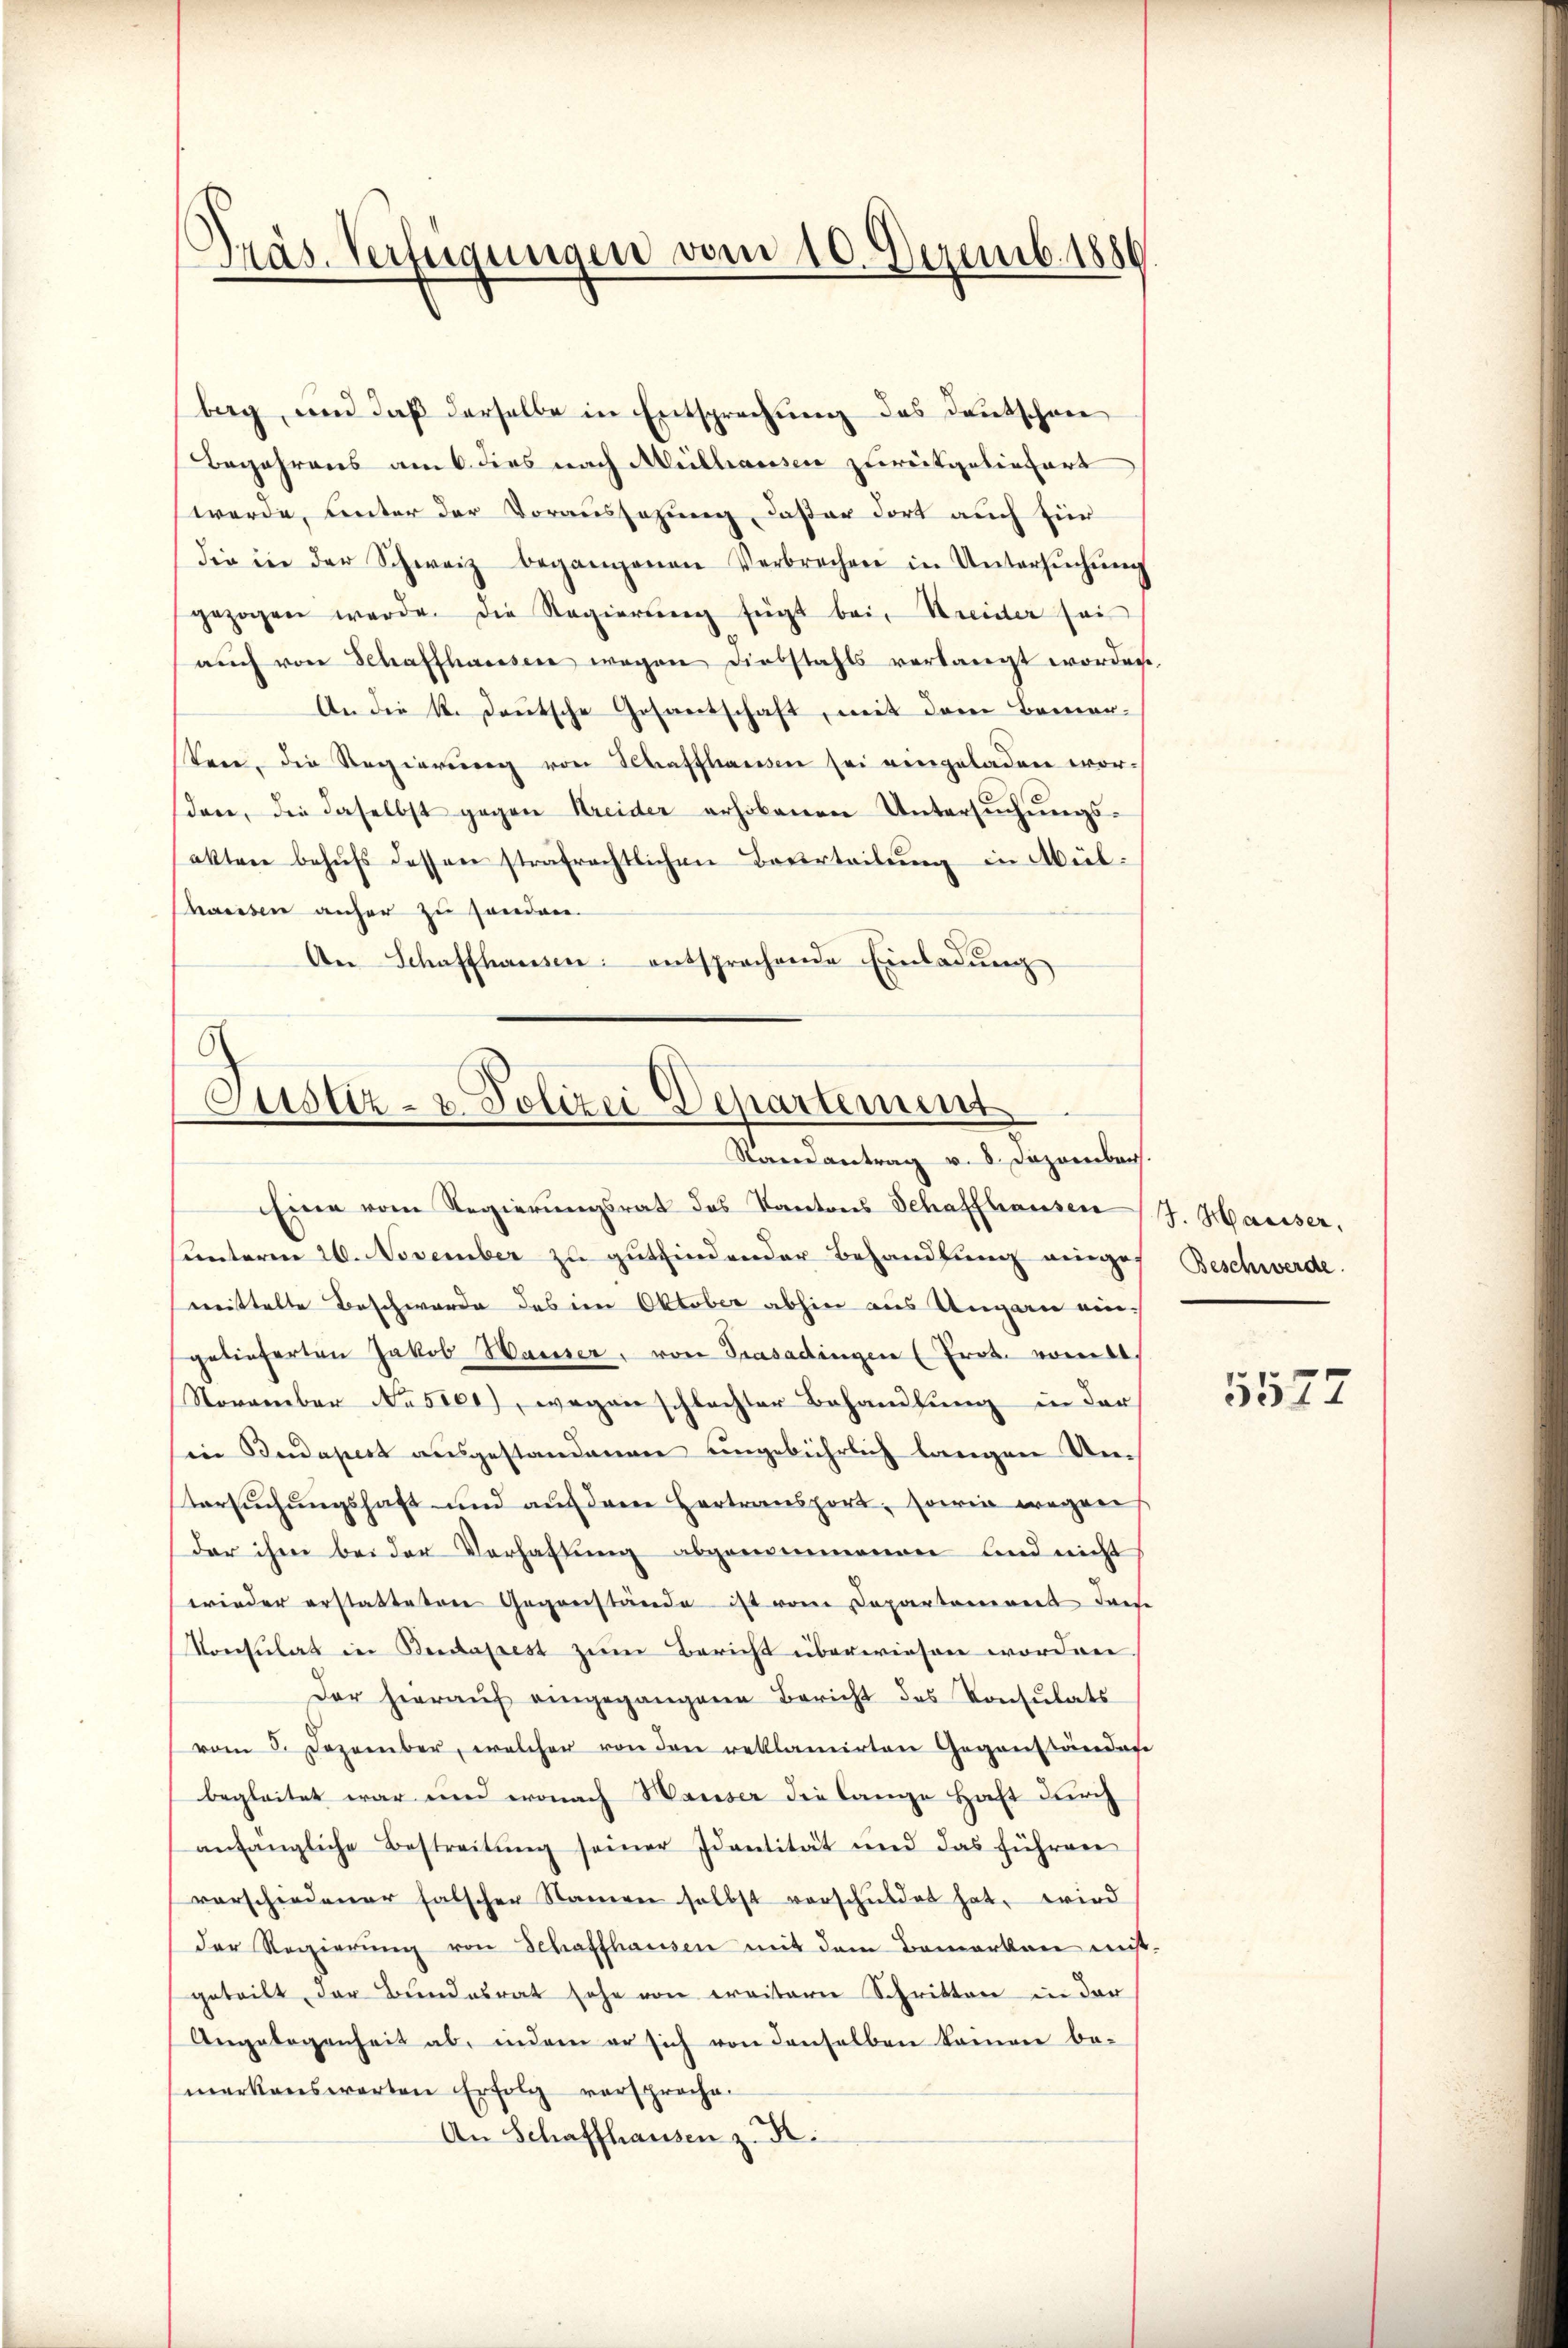
Präs. Verfügungen vom 10. Dezemb. 1886

berg, und daß derselbe in Entsprechung des Deutschene
Begehrens am 6. dies nach Mülhausen zurückgeliefert
werde, unter der Voraussagung, daßer dort auch für
die in der Schweiz begangenen Verbrechen in Untersŭchŭng
gezogen werde. Die Regierŭng fügt bei Kreider sei
aŭch von Schaffhaussere wegen Diebstahls verlangt worden,
An die k. deutsche Gesantschaft, mit dem Bemer-
tene, die Regierŭng von Schaffhausen sei eingeladen wor-
dere, die daselbst gegen Kreider erhobenen Untersŭchŭngs-
akten behufs dessen strafrechtlichen Beurteilung in Mülhausen anher zu sondern.
An Schaffhausen: entsprochende Einladŭng

Justiz- & Polizei Departement
Randantrag v. 8. Dezember.

Eine vom Regierungsrat des Kantons Schaffhausen (J. Hausser,
unterm 26. November zu gutfindender Behandlung einges Beschwerde.
mittelte Beschwerde des im Oktober abhin aus Ungarn ein-
gelieferten Jakob Waiser, von Trasadingen (Frot. womitt.
November Nusser), wegen schlachter Behandlung in der
in Budapest ausgestandenen ungebührlich langen Um
Versuchungshaft und auf den Hertransport, sowie wegen
der ihm bei der Verhaltung abgenommenen und nicht
wieder erstatteten Gegenstände ist vom Departanereit das
Konsulat in Budapest zum Bericht überwiesen worden
Der hieraŭf eingegangene Bericht des Konsulats
vom 5. Dezember, welcher von den reklamirten Gegenständen
begleitet war und wonach Hauser die lange Haft durch
anfängliche Bestreitŭng seiner Identität und das führen
verschiedener falscher Namen selbst verschuldet hat, wird
der Regierŭng von Schaffhausen mit dem Bemerken mis-
geteilt der Bundesrat sehe von weitern Schritten in der
Angelegenheit ab, indem er sich von denselben keinen be-
merkenswarten Erfolg versproche.
An Schaffhausen z. R.

5577